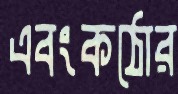
এবংকঠোর